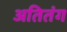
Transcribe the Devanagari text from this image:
अतितंग